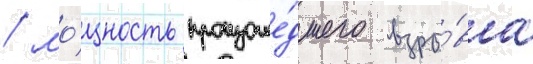
/ мо́щность произоше́дшего взры́ва